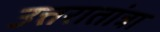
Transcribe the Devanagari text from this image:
उत्तरातांत्रा